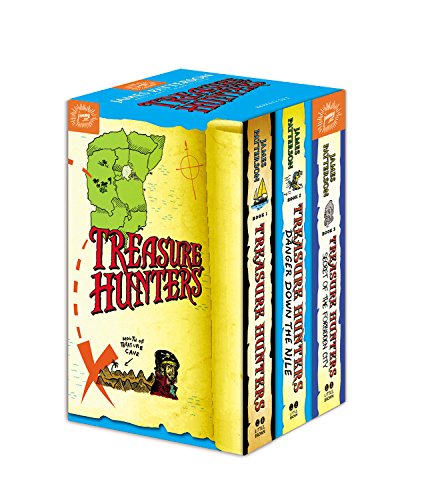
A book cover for Treasure Hunters Boxed Set; James Patterson; Children's Books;